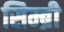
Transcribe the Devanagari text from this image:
सिम्ब्री